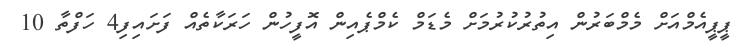
ޕީޕީއެމްއަށް މެމްބަރުން އިތުރުކުރުމަށް މެޑަމް ކެމްޕެއިން އޮފީހުން ހަރަކާތެއް ފަށައިފި4 ހަފްތާ 10